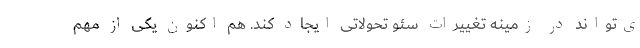
ی‌تواند در زمینه تغییرات سئو تحولاتی ایجاد کند. هم اکنون یکی از مهم